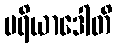
မရိယာဒေါတိ